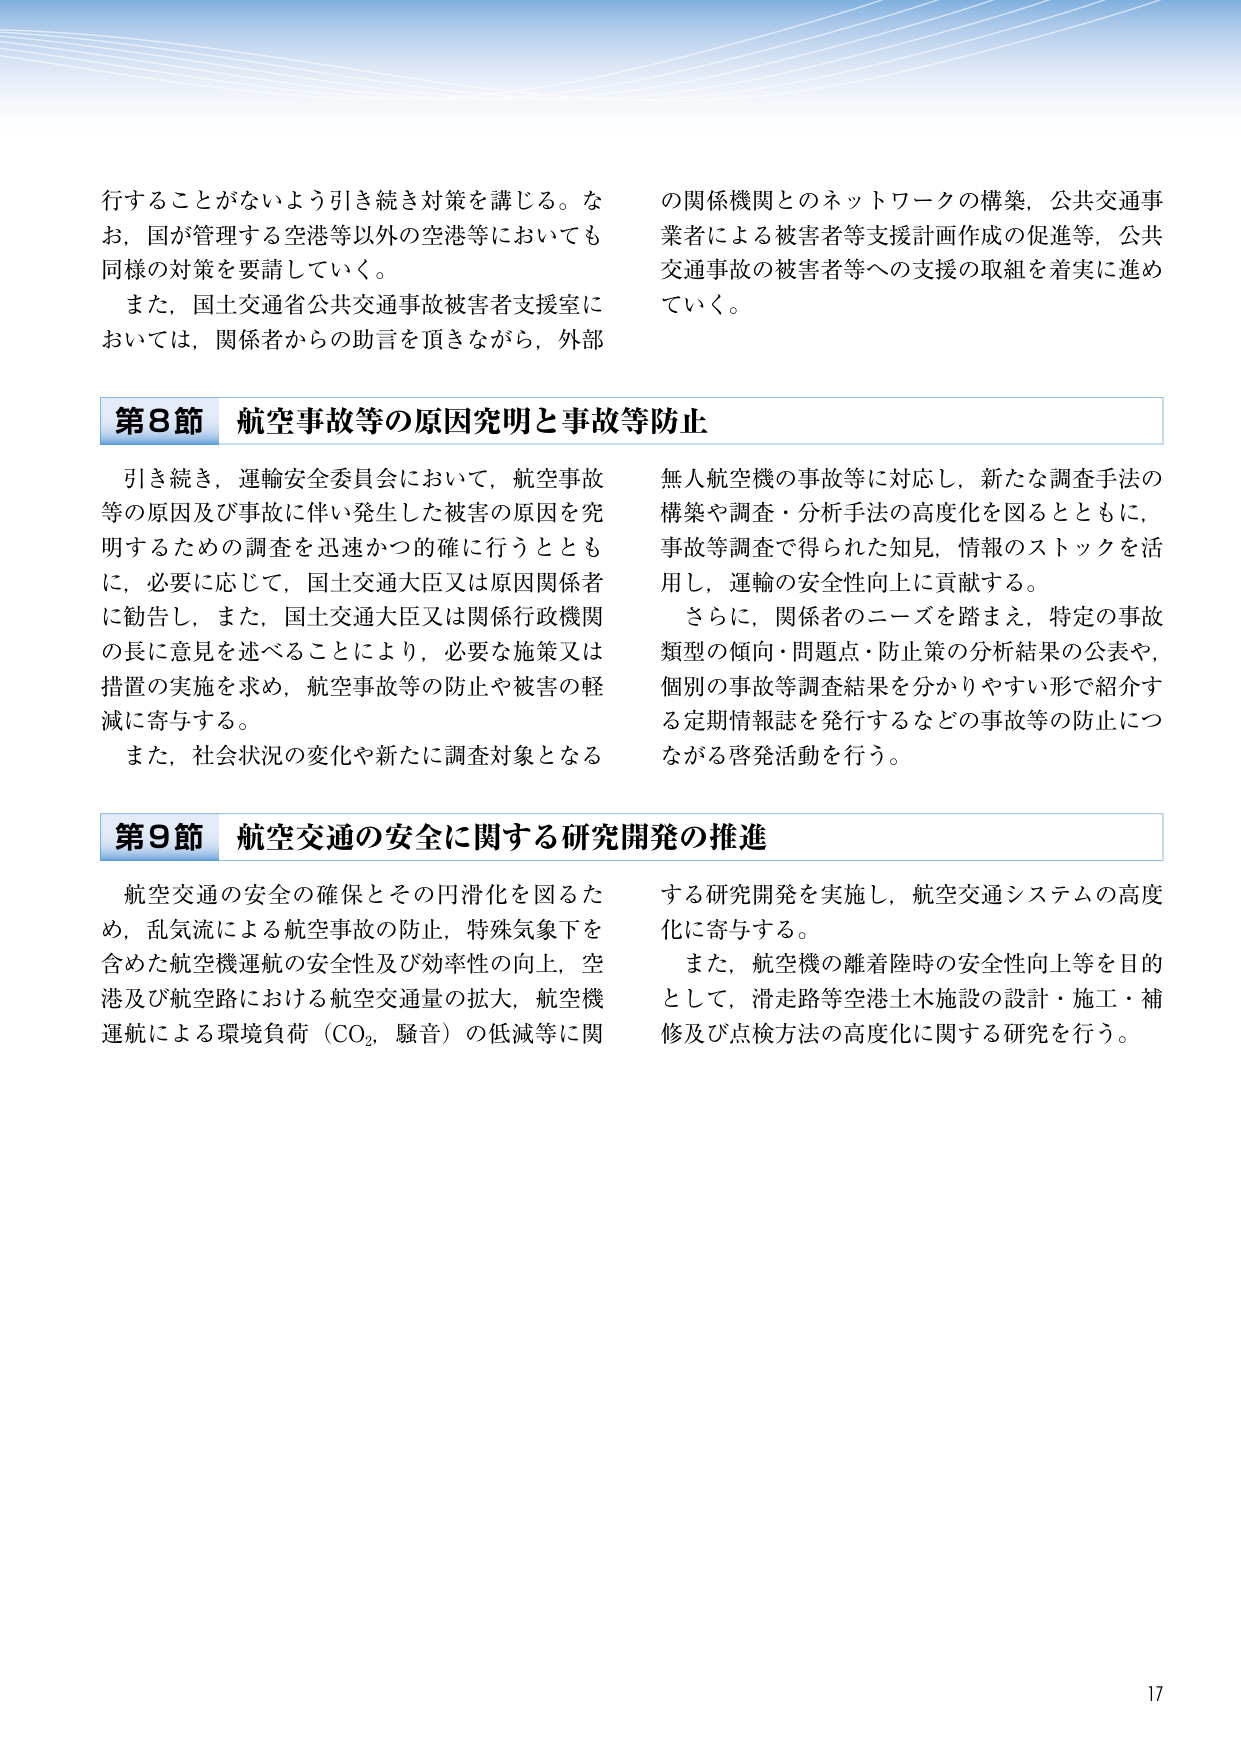
行することがないよう引き続き対策を講じる。なお，国が管理する空港等以外の空港等においても同様の対策を要請していく。

また，国土交通省公共交通事故被害者支援室においては，関係者からの助言を頂きながら，外部の関係機関とのネットワークの構築，公共交通事業者による被害者等支援計画作成の促進等，公共交通事故の被害者等への支援の取組を着実に進めていく。

第8節 航空事故等の原因究明と事故等防止

引き続き，運輸安全委員会において，航空事故等の原因及び事故に伴い発生した被害の原因を究明するための調査を迅速かつ的確に行うとともに，必要に応じて，国土交通大臣又は原因関係者に勧告し，また，国土交通大臣又は関係行政機関の長に意見を述べることにより，必要な施策又は措置の実施を求め，航空事故等の防止や被害の軽減に寄与する。

また，社会状況の変化や新たに調査対象となる無人航空機の事故等に対応し，新たな調査手法の構築や調査・分析手法の高度化を図るとともに，事故等調査で得られた知見，情報のストックを活用し，運輸の安全性向上に貢献する。

さらに，関係者のニーズを踏まえ，特定の事故類型の傾向・問題点・防止策の分析結果の公表や，個別の事故等調査結果を分かりやすい形で紹介する定期情報誌を発行するなどの事故等の防止につながる啓発活動を行う。

第9節 航空交通の安全に関する研究開発の推進

航空交通の安全の確保とその円滑化を図るため，乱気流による航空事故の防止，特殊気象下を含めた航空機運航の安全性及び効率性の向上，空港及び航空路における航空交通量の拡大，航空機運航による環境負荷（CO₂，騒音）の低減等に関する研究開発を実施し，航空交通システムの高度化に寄与する。

また，航空機の離着陸時の安全性向上等を目的として，滑走路等空港土木施設の設計・施工・補修及び点検方法の高度化に関する研究を行う。

17